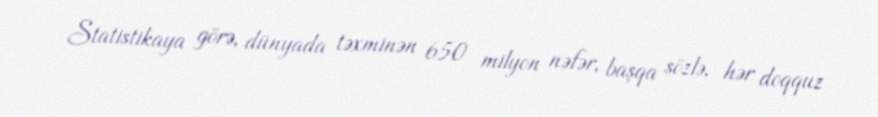
Statistikaya görə, dünyada təxminən 650 milyon nəfər, başqa sözlə, hər doqquz